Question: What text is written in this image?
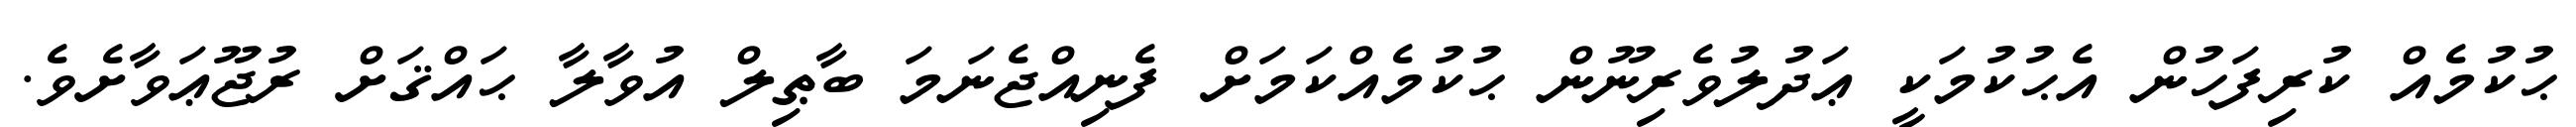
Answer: ޙުކުމެއް ކުރިފަހުން އެޙުކުމަކީ ޢަދުލުވެރިނޫން ޙުކުމެއްކަމަށް ފެނިއްޖެނަމަ ބާޠިލް އުވާލާ ޙައްޤަށް ރުޖޫޢަވާށެވެ.